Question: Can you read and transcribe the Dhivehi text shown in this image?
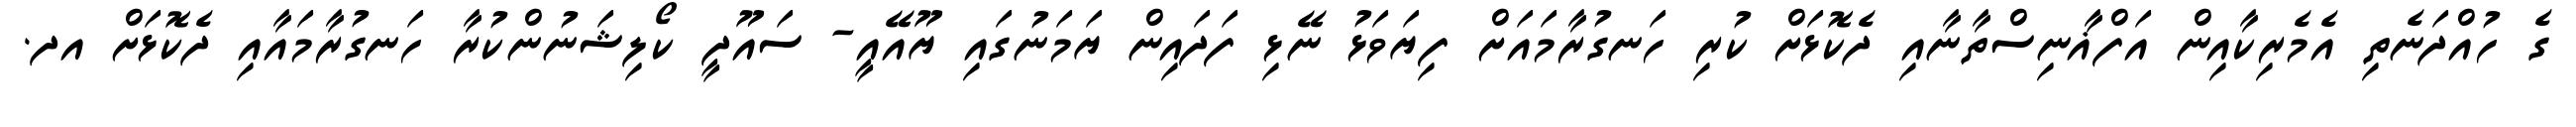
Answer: ގެ ހުއްދަނެތި އެމެރިކާއިން އަފްޣާނިސްތާނާއި ދެކޮޅަށް ކުރި ހަނގުރާމައަށް ފިޔަވަޅު ނޭޅި ފަދައިން ޔަމަނުގައި ޔޫއޭއީ- ސައޫދީ ކޯލިޝަނުންކުރާ ހަނގުރާމައާއި ދެކޮޅަށް އދ.